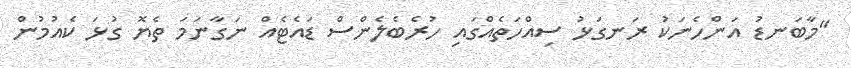
"މާބަނޑު އަންހެނަކު ރަނގަޅު ސިއްހަތެއްގައި ހުރެބެލެންސް ޑައެޓެއް ނަގާނަމަ ތެޔޮ ގުޅަ ކެއުމުން